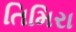
તિમિરા